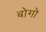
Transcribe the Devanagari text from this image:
बोगो